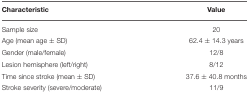
| Characteristic | Value |
 | --- | --- |
 | Sample size | 20 |
 | Age (mean age ± SD) | 62.4 ± 14.3 years |
 | Gender (male/female) | 12/8 |
 | Lesion hemisphere (left/right) | 8/12 |
 | Time since stroke (mean ± SD) | 37.6 ± 40.8 months |
 | Stroke severity (severe/moderate) | 11/9 |